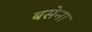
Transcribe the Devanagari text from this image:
बसेना